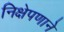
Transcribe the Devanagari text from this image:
निक्षेपणाने